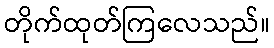
တိုက်ထုတ်ကြလေသည်။